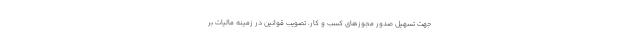
جهت تسهیل صدور مجوزهای کسب و کار، تصویب قوانین در زمینه مالیات بر